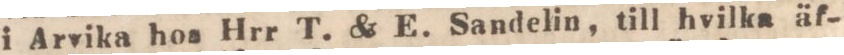
i Arvika hos Hrr T. & E. Sandelin, till hvilka äf-